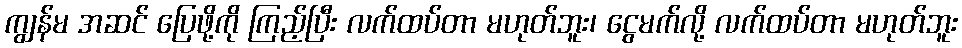
ကျွန်မ အဆင် ပြေဖို့ကို ကြည့်ပြီး လက်ထပ်တာ မဟုတ်ဘူး၊ ငွေမက်လို့ လက်ထပ်တာ မဟုတ်ဘူး